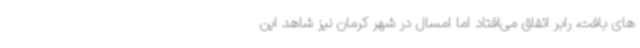
های بافت، رابر اتفاق می‌افتاد اما امسال در شهر کرمان نیز شاهد این